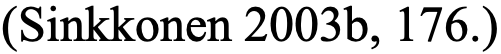
(Sinkkonen 2003b, 176.)